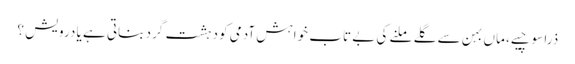
ذرا سوچیے، ماں بہن سے گلے ملنے کی بے تاب خواہش آدمی کو دہشت گرد بناتی ہے یا درویش ؟